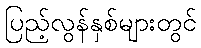
ပြည့်လွန်နှစ်များတွင်